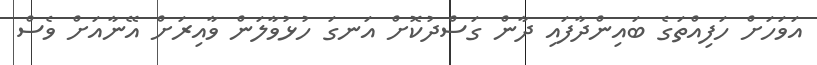
އަވަހަށް ހަފިއްތަގެ ބައިންދާފައި ދާން ގަސްދުކޮށް އަނގަ ހުޅުވާލަން ވާއިރަށް އޭނާއަށް ވެސް